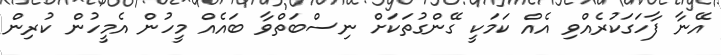
އޭނާ ފާހަގަކުރެއްވި އެއް ކަމަކީ ގޭންގުތަކަށް ނިސްބަތްވާ ބައެއް މީހުން އެމީހުން ކުރިން